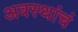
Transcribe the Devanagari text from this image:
अवस्थांचं